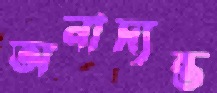
অনাদ্যন্ত